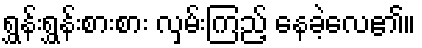
ရွှန်းရွှန်းစားစား လှမ်းကြည့် နေခဲ့လေ၏။